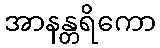
အာနန္တရိကော